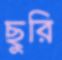
ছুরি